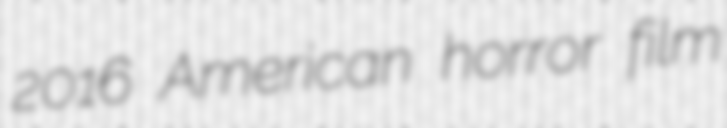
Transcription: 2016 American horror film